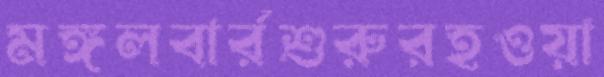
মঙ্গলবার্রশুরুরহওয়া